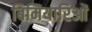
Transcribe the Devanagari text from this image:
बिमियारिओं